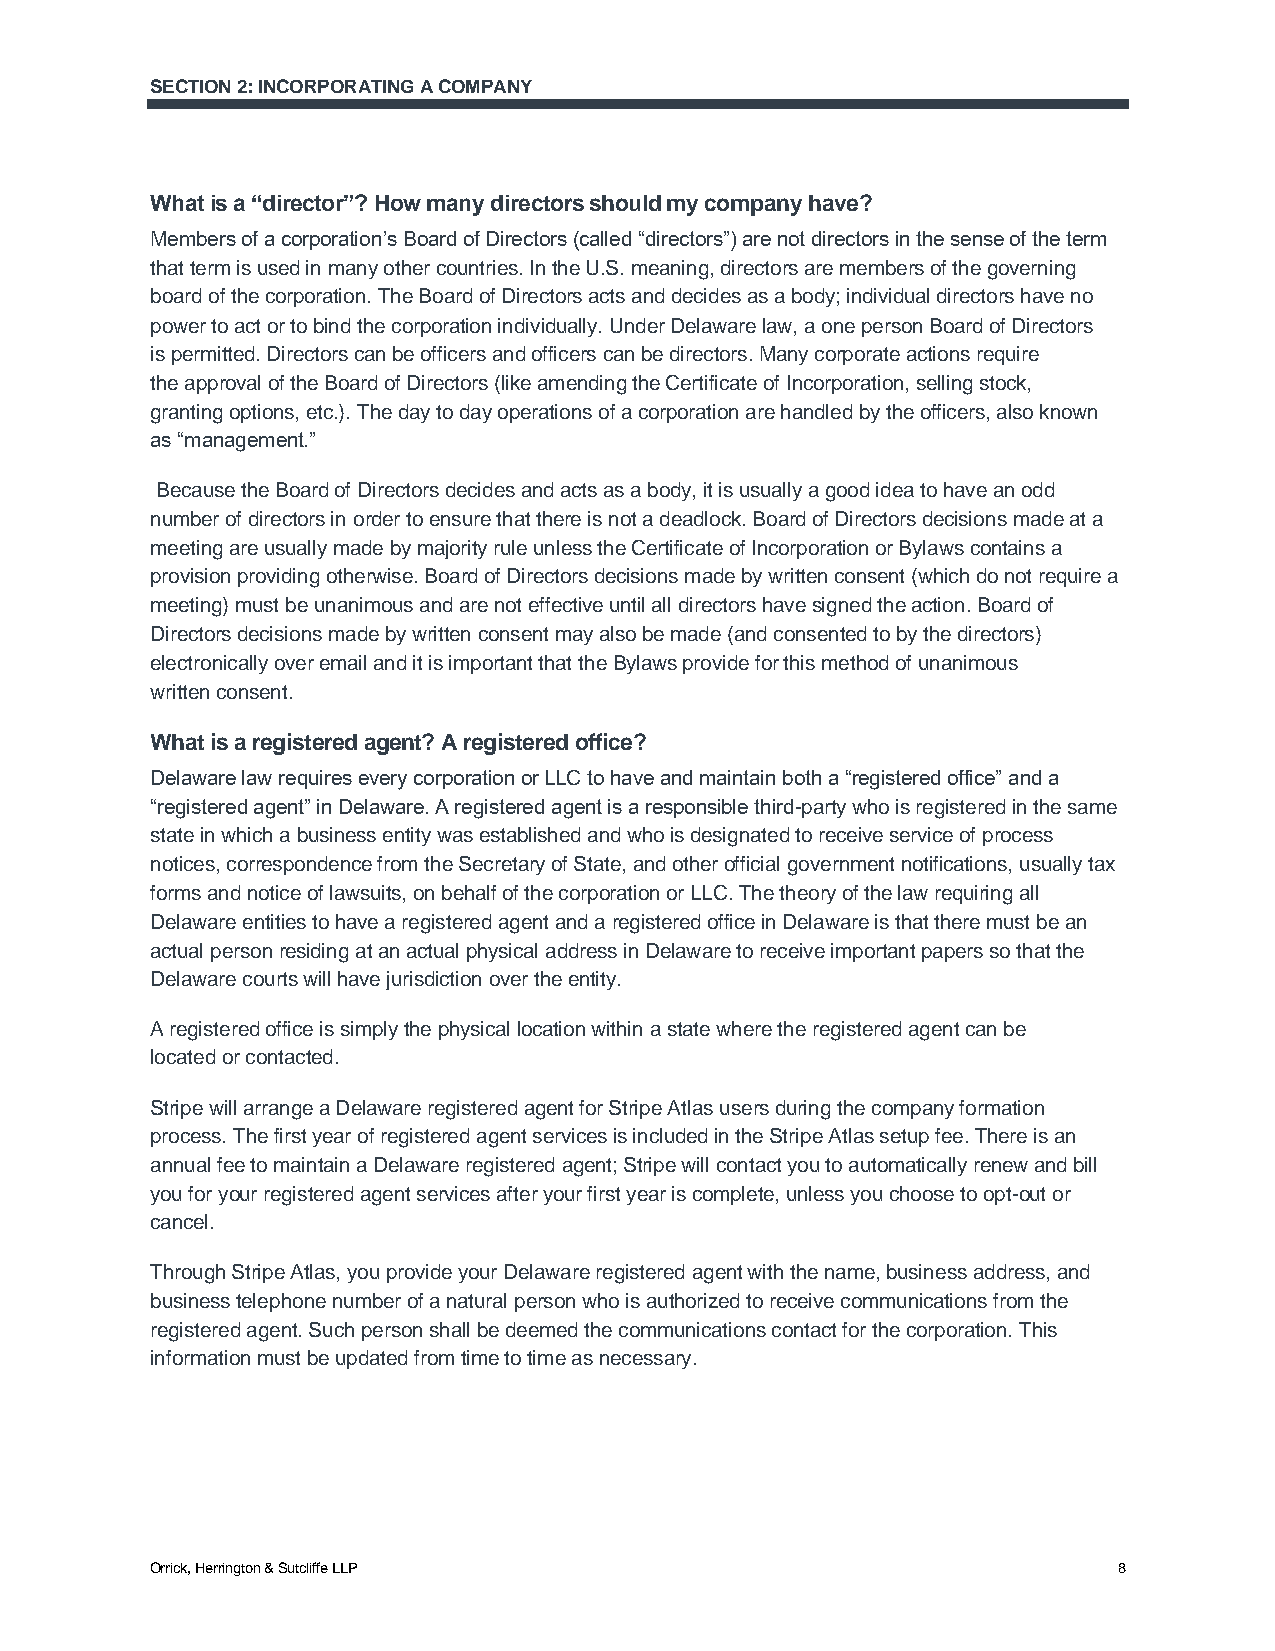
SECTION 2: INCORPORATING A COMPANY
 What is a “director”? How many directors should my company have?
 Members of a corporation’s Board of Directors (called “directors”) are not directors in the sense of the term
 that term is used in many other countries. In the U.S. meaning, directors are members of the governing
 board of the corporation. The Board of Directors acts and decides as a body; individual directors have no
 power to act or to bind the corporation individually. Under Delaware law, a one person Board of Directors
 is permitted. Directors can be officers and officers can be directors. Many corporate actions require
 the approval of the Board of Directors (like amending the Certificate of Incorporation, selling stock,
 granting options, etc.). The day to day operations of a corporation are handled by the officers, also known
 as “management.”
 Because the Board of Directors decides and acts as a body, it is usually a good idea to have an odd
 number of directors in order to ensure that there is not a deadlock. Board of Directors decisions made at a
 meeting are usually made by majority rule unless the Certificate of Incorporation or Bylaws contains a
 provision providing otherwise. Board of Directors decisions made by written consent (which do not require a
 meeting) must be unanimous and are not effective until all directors have signed the action. Board of
 Directors decisions made by written consent may also be made (and consented to by the directors)
 electronically over email and it is important that the Bylaws provide for this method of unanimous
 written consent.
 What is a registered agent? A registered office?
 Delaware law requires every corporation or LLC to have and maintain both a “registered office” and a
 “registered agent” in Delaware. A registered agent is a responsible third-party who is registered in the same
 state in which a business entity was established and who is designated to receive service of process
 notices, correspondence from the Secretary of State, and other official government notifications, usually tax
 forms and notice of lawsuits, on behalf of the corporation or LLC. The theory of the law requiring all
 Delaware entities to have a registered agent and a registered office in Delaware is that there must be an
 actual person residing at an actual physical address in Delaware to receive important papers so that the
 Delaware courts will have jurisdiction over the entity.
 A registered office is simply the physical location within a state where the registered agent can be
 located or contacted.
 Stripe will arrange a Delaware registered agent for Stripe Atlas users during the company formation
 process. The first year of registered agent services is included in the Stripe Atlas setup fee. There is an
 annual fee to maintain a Delaware registered agent; Stripe will contact you to automatically renew and bill
 you for your registered agent services after your first year is complete, unless you choose to opt-out or
 cancel.
 Through Stripe Atlas, you provide your Delaware registered agent with the name, business address, and
 business telephone number of a natural person who is authorized to receive communications from the
 registered agent. Such person shall be deemed the communications contact for the corporation. This
 information must be updated from time to time as necessary.
 Orrick, Herrington & Sutcliffe LLP                              8